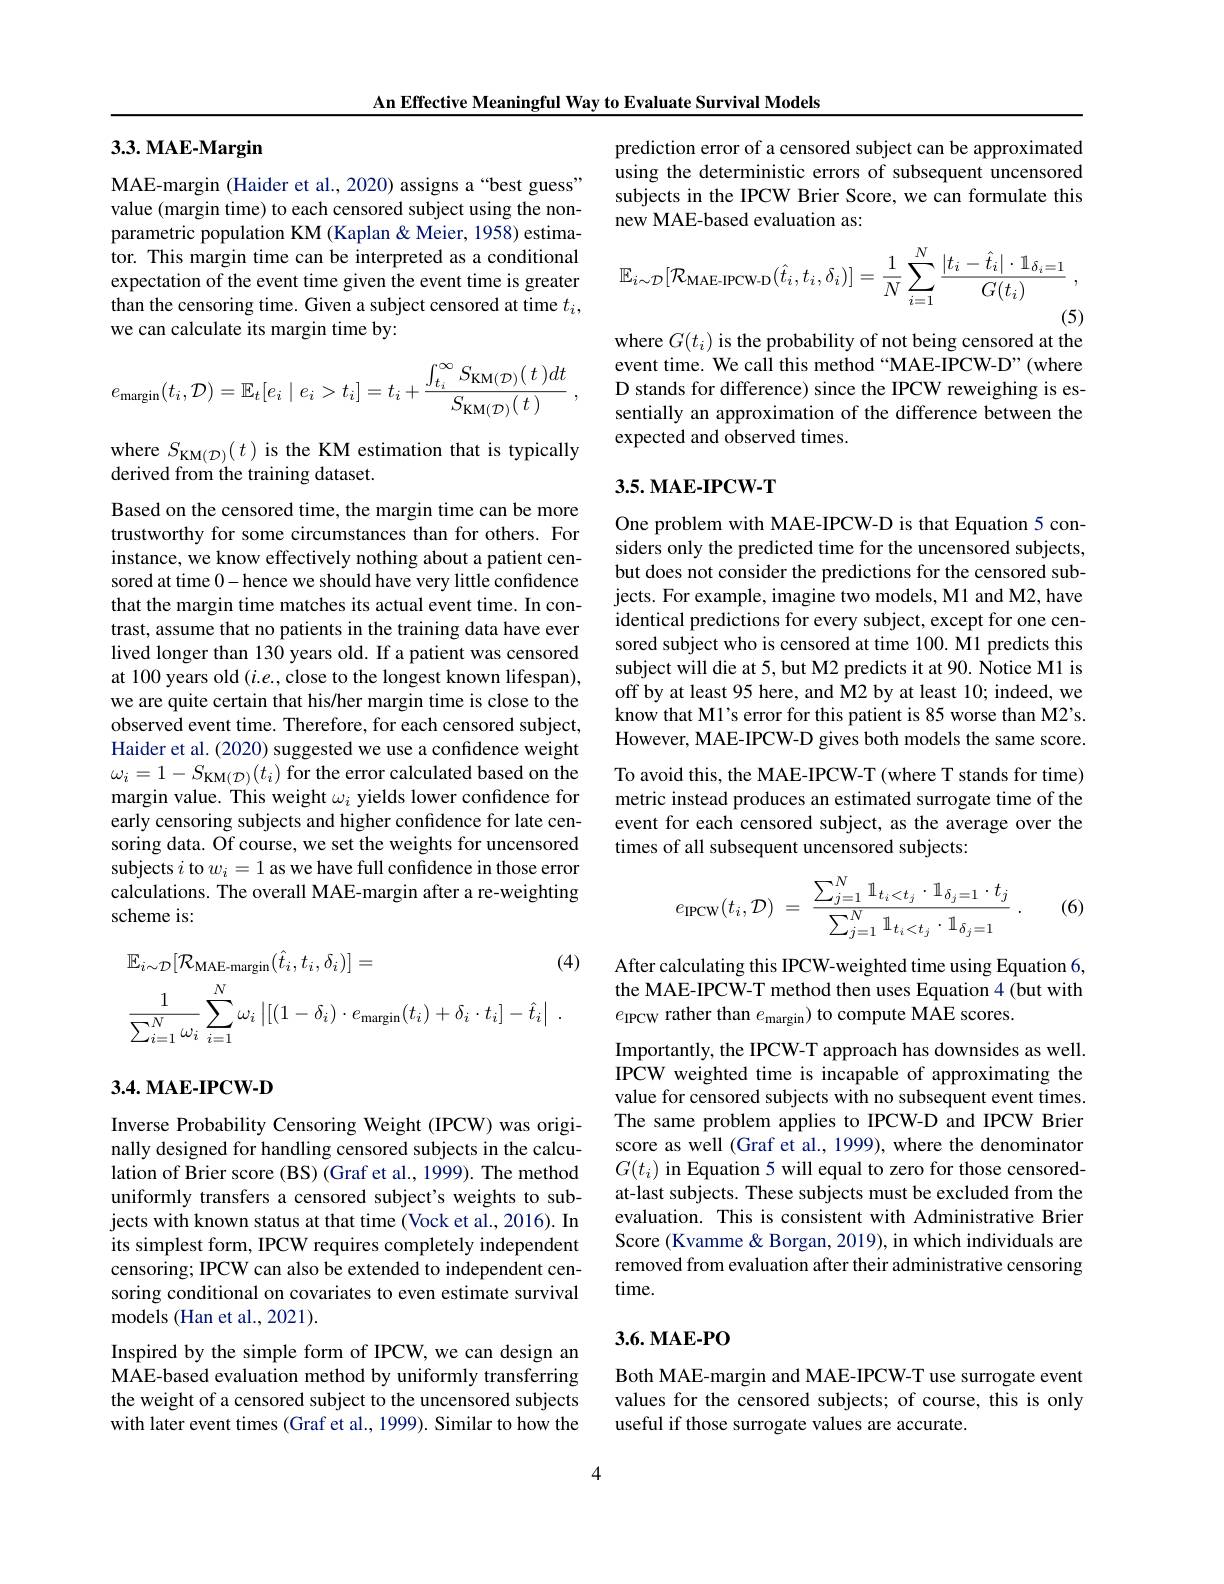
An Effective Meaningful Way to Evaluate Survival Models

## $3. 3. \textbf{MAE- Margin}$

MAE-margin (Haider et al., 2020) assigns a“best guess” value (margin time) to each censored subject using the nonparametric population KM (Kaplan & Meier, 1958) estimator. This margin time can be interpreted as a conditional expectation of the event time given the event time is greater than the censoring time. Given a subject censored at time $t_i$, we can calculate its margin time by:
$$e_{\text{margin}}(t_i,\mathcal{D})=\mathbb{E}_t[e_i\mid e_i>t_i]=t_i+\frac{\int_{t_i}^\infty S_{\text{KM}(\mathcal{D})}(\:t\:)dt}{S_{\text{KM}(\mathcal{D})}(\:t\:)}\:,$$
where $S_{\mathrm{KM}(\mathcal{D})}(t)$ is the KM estimation that is typically
derived from the training dataset.

Based on the censored time, the margin time can be more trustworthy for some circumstances than for others. For instance, we know effectively nothing about a patient censored at time 0- hence we should have very little confdence that the margin time matches its actual event time. In contrast, assume that no patients in the training data have ever lived longer than 130 years old. If a patient was censored at 100 years old $(i.e.$,close to the longest known lifespan), we are quite certain that his/her margin time is close to the observed event time. Therefore, for each censored subject, Haider et al. (2020) suggested we use a confidence weight $\omega_{i}=1-S_{\mathrm{KM}(\mathcal{D})}(t_{i})$ for the error calculated based on the margin value. This weight $\omega_i$ yields lower confidence for early censoring subjects and higher confidence for late censoring data. Of course, we set the weights for uncensored subjects $i$ to $w_i=1$ as we have full confidence in those error calculations. The overall MAE-margin after a re-weighting scheme is:
$$\begin{aligned}&\mathbb{E}_{i\sim\mathcal{D}}[\mathcal{R}_{\mathrm{MAE-margin}}(\hat{t}_{i},t_{i},\delta_{i})]=&\text{(4}\\&\frac{1}{\sum_{i=1}^{N}\omega_{i}}\sum_{i=1}^{N}\omega_{i}\left|[(1-\delta_{i})\cdot e_{\mathrm{margin}}(t_{i})+\delta_{i}\cdot t_{i}]-\hat{t}_{i}\right|\:.\end{aligned}$$
## 3.4. MAE-IPCW-D

Inverse Probability Censoring Weight (IPCW) was originally designed for handling censored subjects in the calculation of Brier score (BS) (Graf et al., 1999). The method uniformly transfers a censored subject's weights to subjects with known status at that time (Vock et al., 2016). In its simplest form, IPCW requires completely independent censoring; IPCW can also be extended to independent censoring conditional on covariates to even estimate survival models (Han et al., 2021).

Inspired by the simple form of IPCW, we can design an MAE-based evaluation method by uniformly transferring the weight of a censored subject to the uncensored subjects with later event times (Graf et al., 1999). Similar to how the

prediction error of a censored subject can be approximated using the deterministic errors of subsequent uncensored subjects in the IPCW Brier Score, we can formulate this new MAE-based evaluation as:
$$\mathbb{E}_{i\sim\mathcal{D}}[\mathcal{R}_{\text{MAE-IPCW-D}}(\hat{t}_{i},t_{i},\delta_{i})]=\frac{1}{N}\sum_{i=1}^{N}\frac{|t_{i}-\hat{t}_{i}|\cdot\mathbb{1}_{\delta_{i}=1}}{G(t_{i})}\:,$$
(5)

where $G(t_i)$ is the probability of not being censored at the

event time. We call this method “MAE-IPCW-D”(where D stands for difference) since the IPCW reweighing is essentially an approximation of the difference between the expected and observed times.

## 3.5. MAE-IPCW-T

One problem with MAE-IPCW-D is that Equation 5 considers only the predicted time for the uncensored subjects, but does not consider the predictions for the censored subjects. For example, imagine two models, M1 and M2, have identical predictions for every subject, except for one censored subject who is censored at time 100. M1 predicts this subject will die at 5, but M2 predicts it at 90. Notice M1 is off by at least 95 here, and M2 by at least 10; indeed, we know that M1's error for this patient is 85 worse than M2's. However, MAE-IPCW-D gives both models the same score. To avoid this, the MAE-IPCW-T (where T stands for time) metric instead produces an estimated surrogate time of the event for each censored subject, as the average over the times of all subsequent uncensored subjects:
$$e_{\text{IPCW}}(t_i,\mathcal{D})\:=\:\frac{\sum_{j=1}^N\mathbb{1}_{t_i<t_j}\cdot\mathbb{1}_{\delta_j=1}\cdot t_j}{\sum_{j=1}^N\mathbb{1}_{t_i<t_j}\cdot\mathbb{1}_{\delta_j=1}}\:.$$
(6)

After calculating this IPCW-weighted time using Equation 6, the MAE-IPCW-T method then uses Equation 4 (but with $e_{\mathrm{IPCW}}$ rather than $e_\mathrm{margin})$ to compute MAE scores.

Importantly, the IPCW-T approach has downsides as well. IPCW weighted time is incapable of approximating the value for censored subjects with no subsequent event times. The same problem applies to IPCW-D and IPCW Brier score as well (Graf et al., 1999), where the denominator $G(t_i)$ in Equation 5 will equal to zero for those censoredat-last subjects. These subjects must be excluded from the evaluation. This is consistent with Administrative Brier Score (Kvamme & Borgan, 2019), in which individuals are removed from evaluation after their administrative censoring time.

### 3.6. MAE-PO

Both MAE-margin and MAE-IPCW-T use surrogate event values for the censored subjects; of course, this is only useful if those surrogate values are accurate.

4